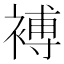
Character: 䙏